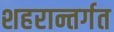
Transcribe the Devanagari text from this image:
शहरान्तर्गत